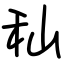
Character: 秈